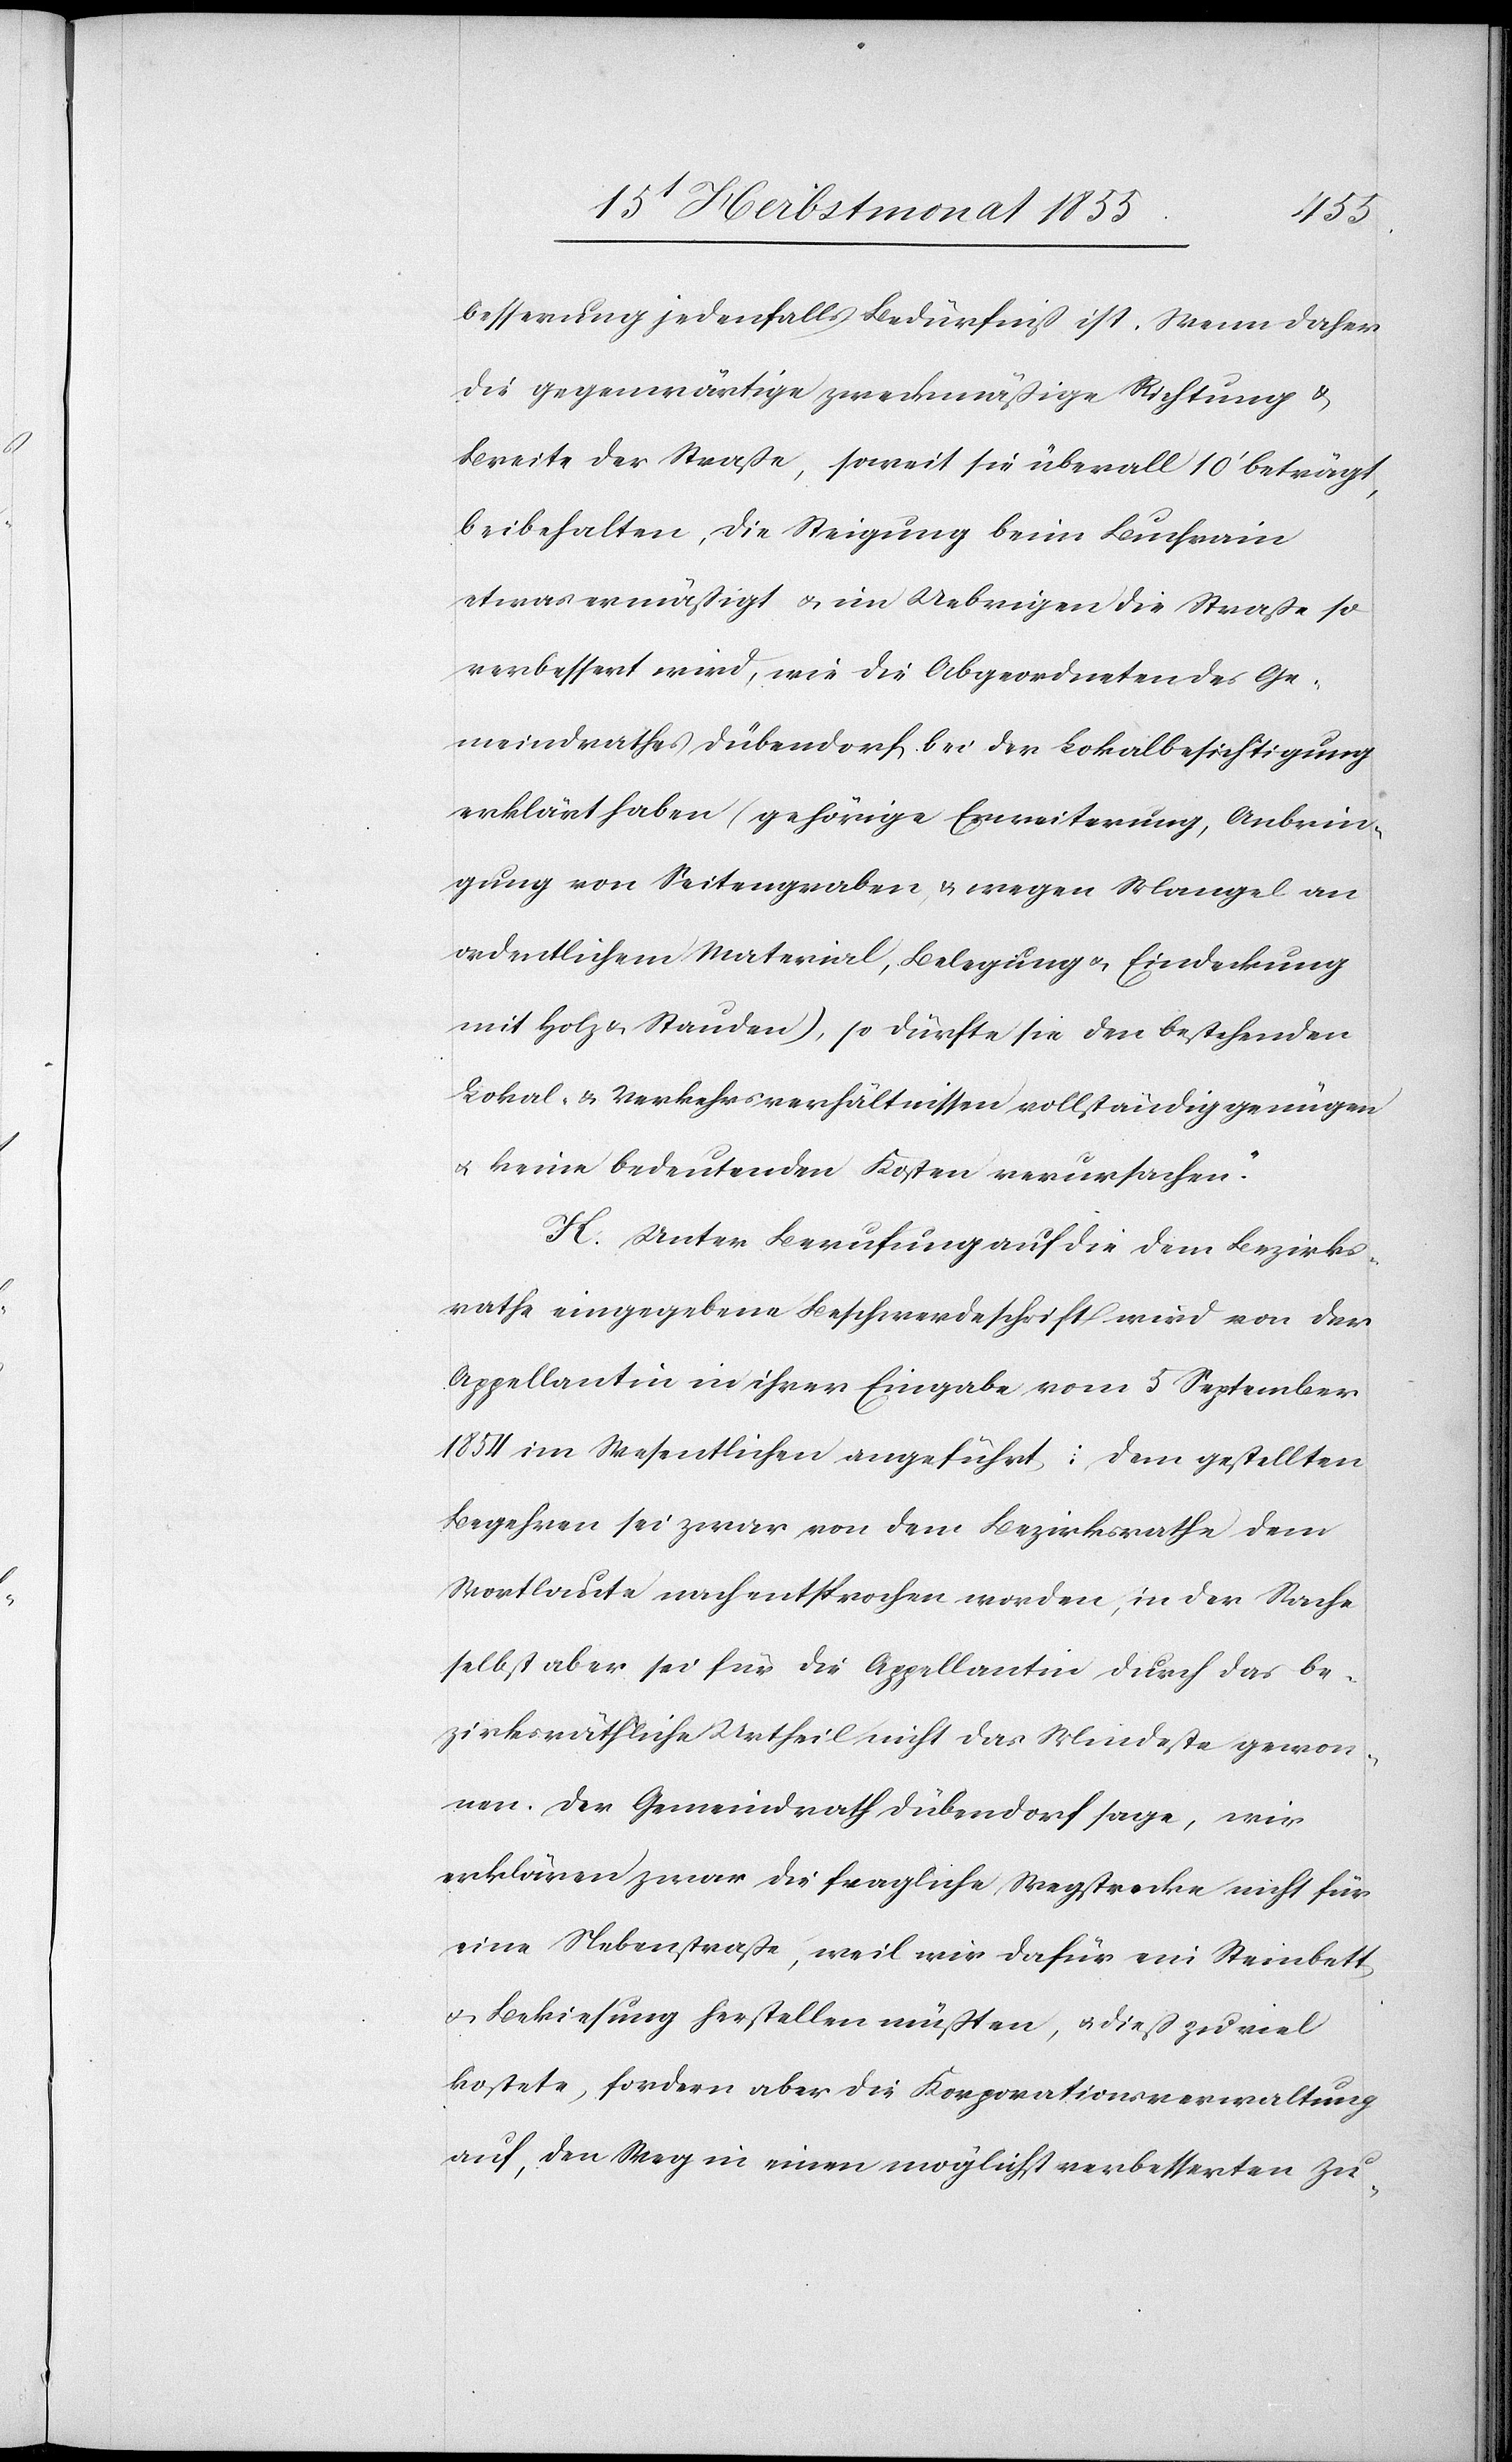
besserung jedenfalls Bedürfniß ist. Wenn daher
die gegenwärtige zweckmäßige Richtung &
Breite der Straße, soweit sie überall 10‘ beträgt,
beibehalten, die Steigung beim Buchrain
etwas ermäßigt & im Uebrigen die Straße so
verbessert wird, wie die Abgeordneten des Ge¬
meindrathes Dübendorf bei der Lokalbesichtigung
erklärt haben (gehörige Erweiterung, Anbrin¬
gung von Seitengraben, & wegen Mangel an
ordentlichem Material, Belegung & Eindeckung
mit Holz & Stauden), so dürfte sie den bestehenden
Lokal- & Verkehrsverhältnissen vollständig genügen
& keine bedeutenden Kosten verursachen.“
K. Unter Berufung auf die dem Bezirks¬
rathe eingegebene Beschwerdeschrift wird von der
Appellantin in ihrer Eingabe vom 5 September
1854 im Wesentlichen angeführt: Dem gestellten
Begehren sei zwar von dem Bezirksrathe dem
Wortlaute nach entsprochen worden, in der Sache
selbst aber sei für die Appellantin durch das be¬
zirksräthliche Urtheil nicht das Mindeste gewon¬
nen. Der Gemeindrath Dübendorf sage, wir
erklären zwar die fragliche Wegstrecke nicht für
eine Nebenstraße, weil wir dafür ein Steinbett
& Bekiesung herstellen müßten, & dieß zu viel
kostete, fordern aber die Korporationsverwaltung
auf, den Weg in einen möglichst verbesserten Zu-